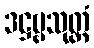
ဒဋ္ဌဗ္ဗသုတ္တံ